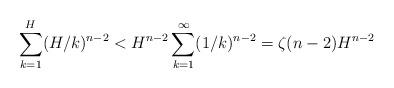
LaTeX: \begin{align*}\sum\limits_{k=1}^{H}(H/k)^{n-2}< H^{n-2} \sum\limits_{k=1}^{\infty}(1/k)^{n-2}=\zeta(n-2)H^{n-2}\end{align*}